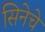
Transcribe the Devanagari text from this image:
सिनेचे